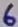
Text: 6